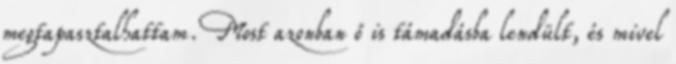
megtapasztalhattam. Most azonban ő is támadásba lendült, és mivel